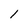
Character: l